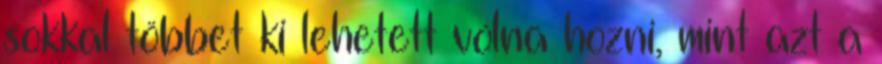
sokkal többet ki lehetett volna hozni, mint azt a